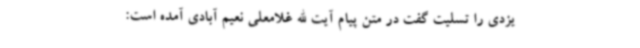
یزدی را تسلیت گفت در متن پیام آیت الله غلامعلی نعیم آبادی آمده است: